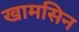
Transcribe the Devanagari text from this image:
खामसिन